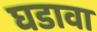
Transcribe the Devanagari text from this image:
घडावा